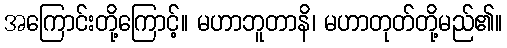
အကြောင်းတို့ကြောင့်။ မဟာဘူတာနိ၊ မဟာတုတ်တို့မည်၏။